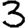
Digit: 3